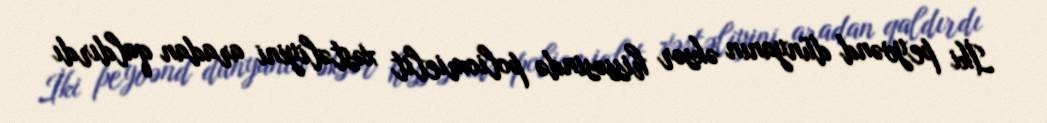
İki peyvənd dünyanın əksər hissəsində poliomielit xəstəliyini aradan qaldırdı